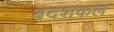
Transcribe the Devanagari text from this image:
बदशकल